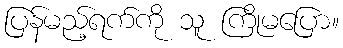
ပြန်မည့်ရက်ကို သူ ကြိုမပြော။